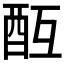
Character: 𨠂